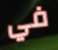
في